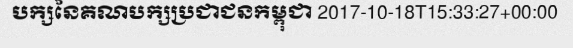
បក្សនៃគណបក្សប្រជាជនកម្ពុជា 2017-10-18T15:33:27+00:00